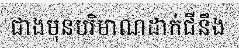
ជាងមុនបរិមាណដាក់ជីនឹង